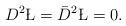
LaTeX: \begin{align*}D^2 \L=\bar D^2 \L = 0.\end{align*}